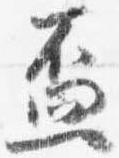
盃